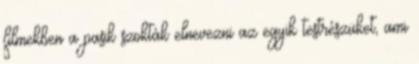
filmekben a pasik szokták elnevezni az egyik testrészüket, ami